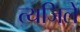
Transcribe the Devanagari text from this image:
त्यजिले